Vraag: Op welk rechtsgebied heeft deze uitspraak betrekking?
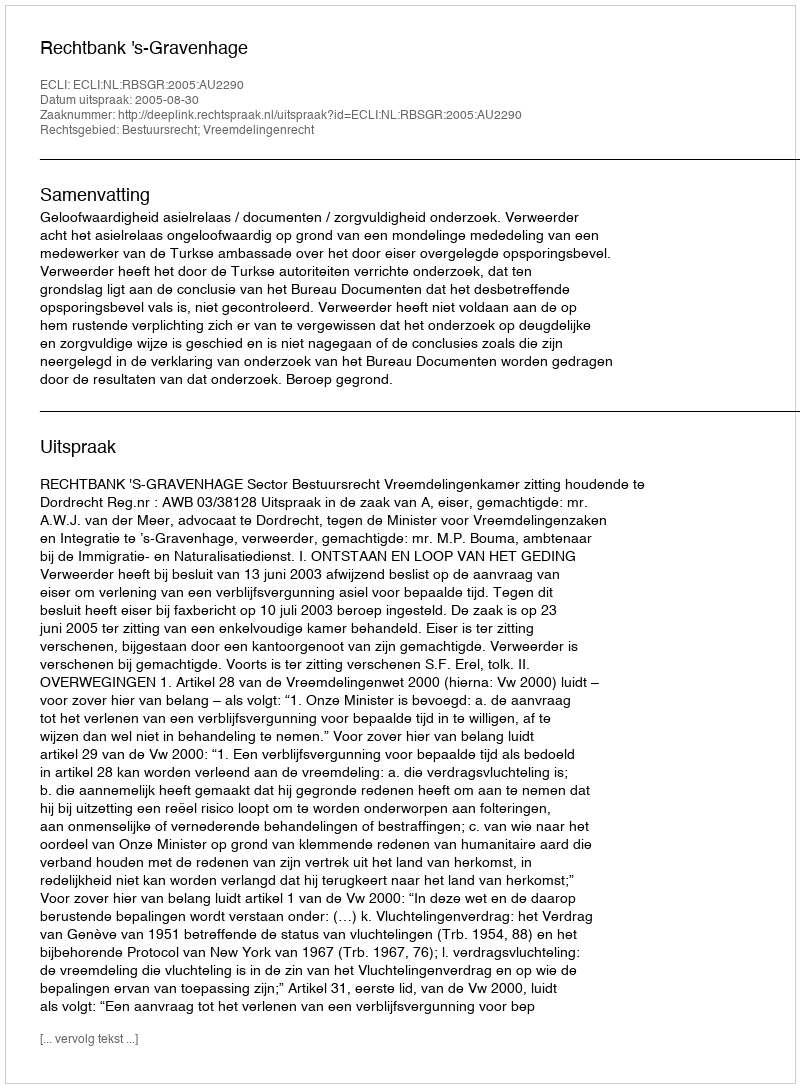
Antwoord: Bestuursrecht; Vreemdelingenrecht